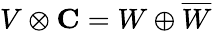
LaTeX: V\otimes\mathbf{C}=W\oplus{\overline{{W}}}